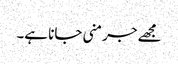
مجھے جرمنی جانا ہے۔